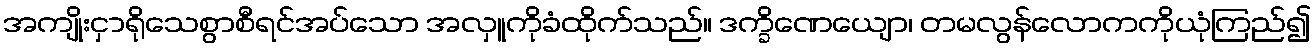
အကျိုးငှာရိုသေစွာစီရင်အပ်သော အလှူကိုခံထိုက်သည်။ ဒက္ခိဏေယျော၊ တမလွန်လောကကိုယုံကြည်၍